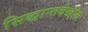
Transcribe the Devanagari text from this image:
सिद्धान्तदेखील